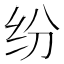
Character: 纷